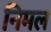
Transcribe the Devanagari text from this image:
निमल